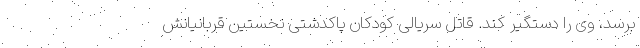
برسد، وی را دستگیر کند. قاتل سریالی کودکان پاکدشتی نخستین قربانیانش